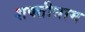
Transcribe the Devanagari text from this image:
शक्तीधाम